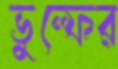
ভুল্ফের